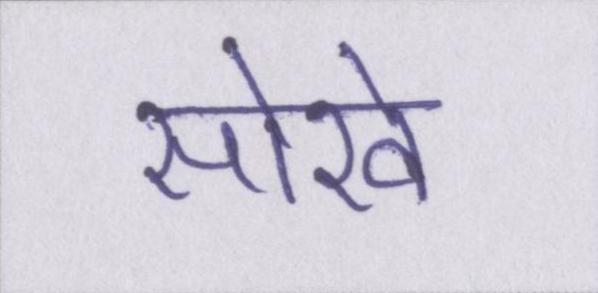
सोखे